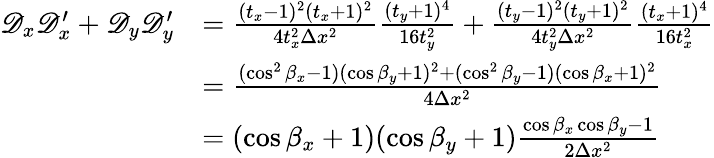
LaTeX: \begin{array}{rl}{\mathscr D_{x}\mathscr D_{x}^{\prime}+\mathscr D_{y}\mathscr D_{y}^{\prime}}&{=\frac{(t_{x}-1)^{2}(t_{x}+1)^{2}}{4t_{x}^{2}\Delta x^{2}}\frac{(t_{y}+1)^{4}}{16t_{y}^{2}}+\frac{(t_{y}-1)^{2}(t_{y}+1)^{2}}{4t_{y}^{2}\Delta x^{2}}\frac{(t_{x}+1)^{4}}{16t_{x}^{2}}}\\ &{=\frac{(\cos^{2}\beta_{x}-1)(\cos\beta_{y}+1)^{2}+(\cos^{2}\beta_{y}-1)(\cos\beta_{x}+1)^{2}}{4\Delta x^{2}}}\\ &{=(\cos\beta_{x}+1)(\cos\beta_{y}+1)\frac{\cos\beta_{x}\cos\beta_{y}-1}{2\Delta x^{2}}}\end{array}